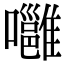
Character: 𡄸